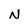
Character: N